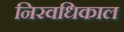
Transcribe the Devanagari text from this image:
निरवधिकाल